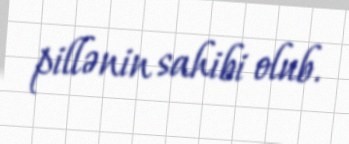
pillənin sahibi olub.